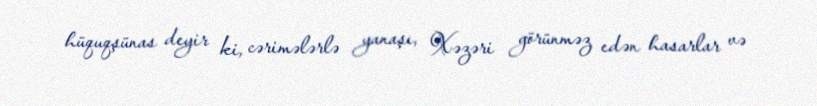
hüquqşünas deyir ki, cərimələrlə yanaşı, Xəzəri görünməz edən hasarlar və